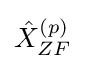
{\hat {X}}_{ZF}^{(p)}